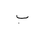
Letter: _ba